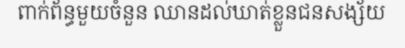
ពាក់ព័ន្ធមួយចំនួន ឈានដល់ឃាត់ខ្លួនជនសង្ស័យ